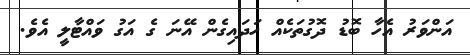
އަންވަރު އެހާ ބޮޑު ދޮގުތަކެއް ހަދައިގެން އޭނަ ގެ އަގު ވައްޓާލީ އެވެ.